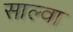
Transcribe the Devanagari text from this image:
साल्वा